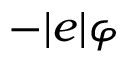
- | e | \varphi